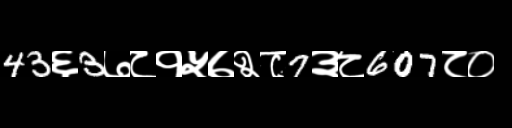
Text: 43६3७८१५७२८7३८607८०